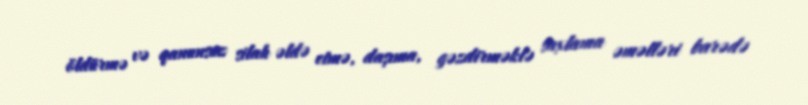
öldürmə və qanunsuz silah əldə etmə, daşıma, gəzdirməklə saxlama əməlləri barədə